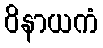
ဝိနာယကံ